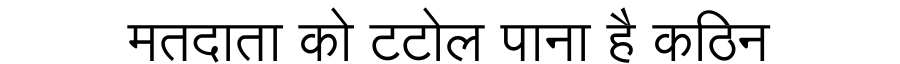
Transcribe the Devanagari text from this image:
मतदाता को टटोल पाना है कठिन